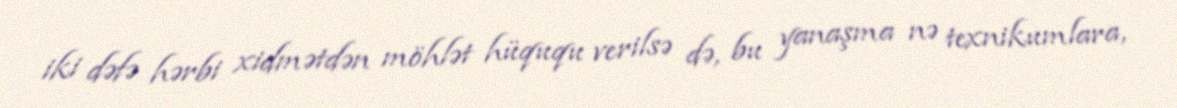
iki dəfə hərbi xidmətdən möhlət hüququ verilsə də, bu yanaşma nə texnikumlara,